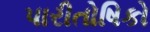
પારીતોષિકો